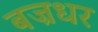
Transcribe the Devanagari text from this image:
बज्रधर